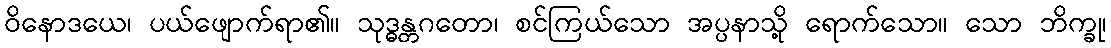
ဝိနောဒယေ၊ ပယ်ဖျောက်ရာ၏။ သုဒ္ဓန္တဂတော၊ စင်ကြယ်သော အပ္ပနာသို့ ရောက်သော။ သော ဘိက္ခု၊